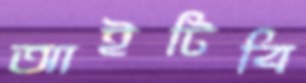
আইটিবি